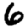
Digit: 6